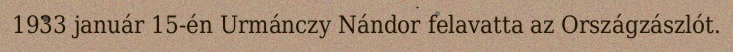
1933 január 15-én Urmánczy Nándor felavatta az Országzászlót.